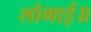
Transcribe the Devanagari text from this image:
लोभाई॥